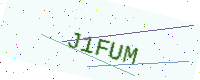
Text: J1FUM